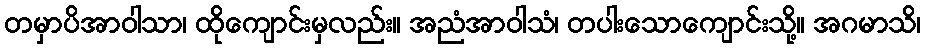
တမှာပိအာဝါသာ၊ ထိုကျောင်းမှလည်း။ အညံအာဝါသံ၊ တပါးသောကျောင်းသို့။ အဂမာသိ၊